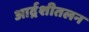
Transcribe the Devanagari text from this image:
आर्द्रशीतलन